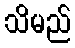
သိမည်